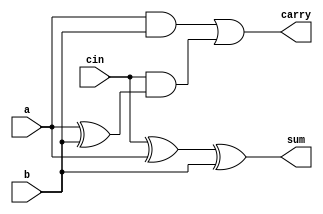
module fa(input a,b,cin,output sum,carry);
assign sum=cin^a^b;
assign carry=(a&b)|cin&(a^b);
endmodule

module ha(input a,b,output sum,cout);
assign sum=a^b;
assign cout=a&b;
endmodule

module four_bit_squarer_19BEE0032(input [3:0]a, output [7:0]p);
wire [4:1] w;
assign p[0]=a[0];
assign p[1]=0;
assign p[2]=(~a[0])&a[1];
ha h1((a[2]&a[0]),(a[1]&a[0]),p[3],w[1]);
fa f1((a[2]&(~a[1])),(a[3]&a[0]),w[1],p[4],w[2]);
fa f2((a[2]&a[1]),(a[3]&a[1]),w[2],p[5],w[3]);
ha h2(((~a[2])&a[3]),w[3],p[6],w[4]);
assign p[7]=((a[3]&a[2])^w[4]);
endmodule